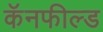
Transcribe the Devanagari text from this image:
कॅनफील्ड